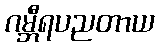
ဂမ္ဘီရပညတာယ